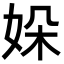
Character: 㛊